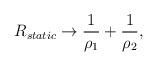
LaTeX: \begin{align*}R_{static}\rightarrow\frac{1}{\rho_1}+\frac{1}{\rho_2},\end{align*}